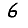
Digit: 6